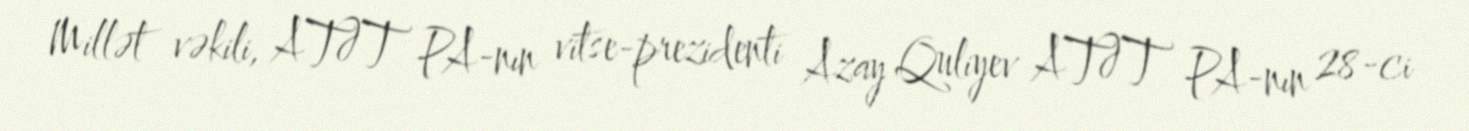
Millət vəkili, ATƏT PA-nın vitse-prezidenti Azay Quliyev ATƏT PA-nın 28-ci